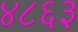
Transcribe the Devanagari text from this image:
४८६३